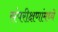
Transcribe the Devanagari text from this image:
संपरीक्षणांमध्ये